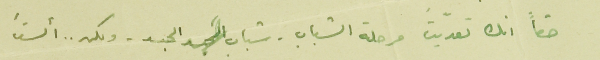
حقاً انك تعدّيت مرحلة الشباب - شباب الجسد - ولكن .. ألستَ